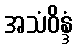
အသံဝိန္ဒံ